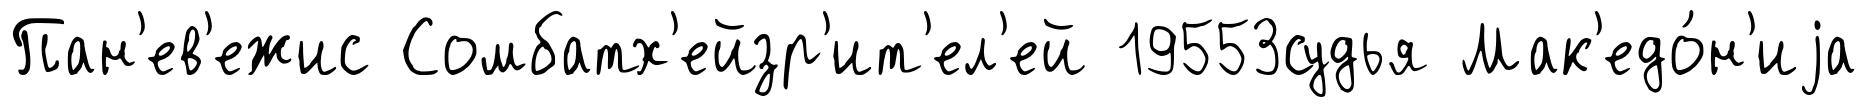
Пан'ев'ежис Сомбатх'ейзр'ит'ел'ей 19553судья Мак'едо́н'иjа